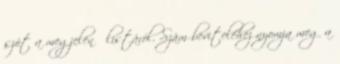
szót a megjelenő listáról. Szám beviteléhez nyomja meg a